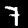
Label: 7